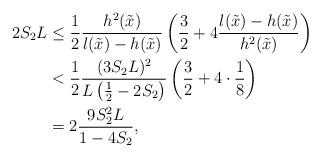
LaTeX: \begin{align*} 2S_2L&\le \frac{1}{2}\frac{h^2(\tilde x)}{l(\tilde x)-h(\tilde x)}\left(\frac{3}{2}+4\frac{l(\tilde x)-h(\tilde x)}{h^2(\tilde x)}\right)\\&<\frac{1}{2}\frac{(3S_2L)^2}{L\left(\frac{1}{2}-2S_2\right)}\left(\frac{3}{2}+4\cdot\frac{1}{8}\right)\\&=2\frac{9S_2^2L}{1-4S_2},\end{align*}